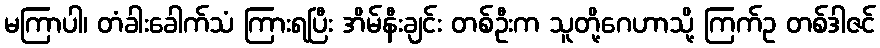
မကြာပါ၊ တံခါးခေါက်သံ ကြားရပြီး အိမ်နီးချင်း တစ်ဦးက သူတို့ဂေဟာသို့ ကြက်ဥ တစ်ဒါဇင်